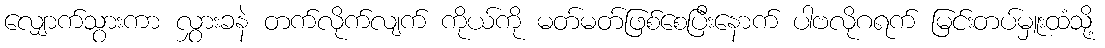
လျှောက်သွားကာ လွှားခနဲ တက်လိုက်လျက် ကိုယ်ကို မတ်မတ်ဖြစ်စေပြီးနောက် ပါဗလိုဂရက် မြင်းတပ်မှူးထံသို့